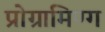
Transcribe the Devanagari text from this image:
प्रोग्रामिण्ग